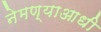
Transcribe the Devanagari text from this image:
नेमण्याआधी